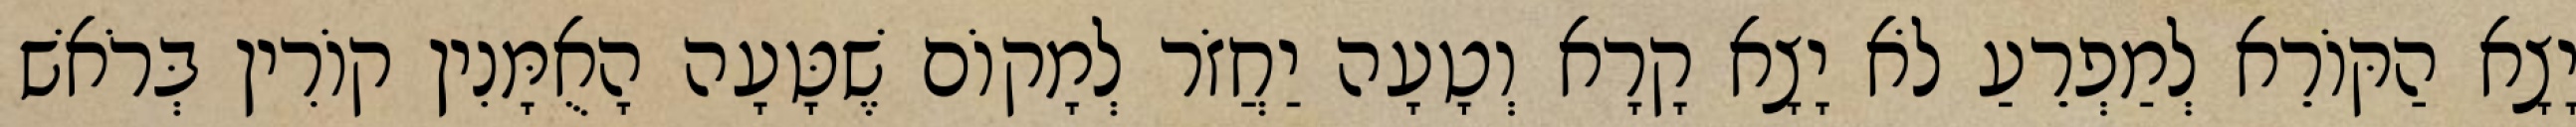
יָצָא הַקּוֹרֵא לְמַפְרֵעַ לֹא יָצָא קָרָא וְטָעָה יַחֲזֹר לְמָקוֹם שֶׁטָּעָה הָאֻמָּנִין קוֹרִין בְּרֹאשׁ